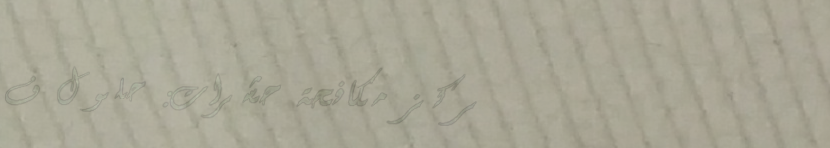
مركز مكافحة حشرات: حلول ف